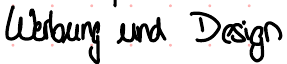
Werbung und Design